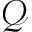
\mathcal { Q }